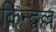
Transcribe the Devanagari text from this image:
किन्द्वल्ल